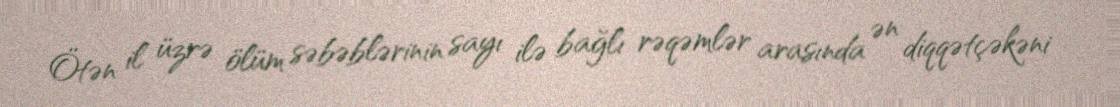
Ötən il üzrə ölüm səbəblərinin sayı ilə bağlı rəqəmlər arasında ən diqqətçəkəni